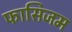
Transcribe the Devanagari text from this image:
फासिजम